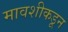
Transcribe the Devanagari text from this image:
मावशीकडून